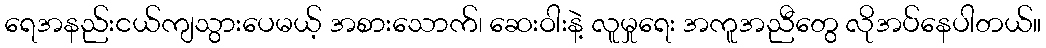
ရေအနည်းငယ်ကျသွားပေမယ့် အစားသောက်၊ ဆေးဝါးနဲ့ လူမှုရေး အကူအညီတွေ လိုအပ်နေပါတယ်။